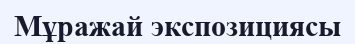
Мұражай экспозициясы